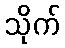
သိုက်